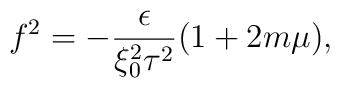
f^{2}=-\frac{\epsilon }{\xi _{0}^{2}\tau ^{2}}(1+2m\mu ),